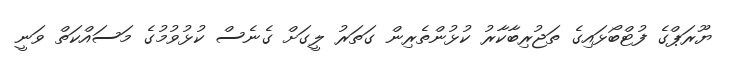
ޔޫރަޕްގެ ފުޓްބޯޅައިގެ ތަޖުރިބާކާރު ކުޅުންތެރިން ގަތަރު ލީގަށް ގެނެސް ކުޅުވުމުގެ މަސައްކަތް ވަނީ